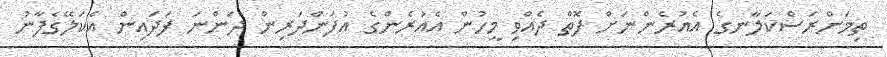
ތިމަންރަސްކަލާނގެ އެއުރެންނަށް ފޮތް ދެއްވި މީހުން އެއުރެންގެ އުފަންދަރިން ދަންނަ ފަދައިން އެކަލޭގެފާނު